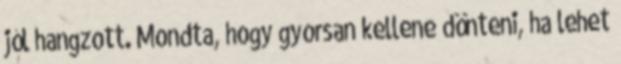
jól hangzott. Mondta, hogy gyorsan kellene dönteni, ha lehet